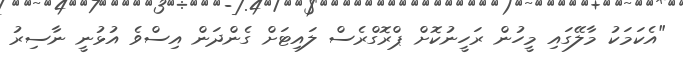
"އެކަމަކު މާލޭގައި މީހުން ރަހީނުކޮށް ޕްރޮގްރެސް ލައިޓަށް ގެންދަން އިސްވެ އުޅުނީ ނާސިރު